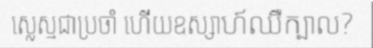
ស្លេស្មជាប្រចាំ ហើយឧស្សាហ៍ឈឺក្បាល?